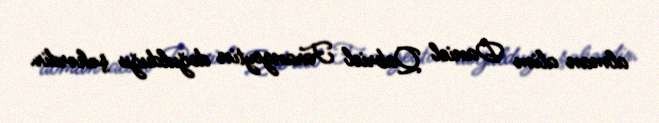
alman alim Daniel Qabriel Farangeytin doğulduğu şəhərdir.